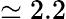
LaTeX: \simeq 2.2